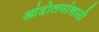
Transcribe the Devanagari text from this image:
आंदोलनांसाठी